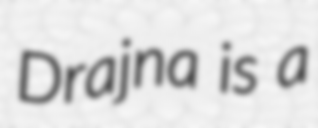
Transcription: Drajna is a